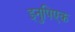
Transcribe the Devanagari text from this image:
इनुपिएक